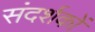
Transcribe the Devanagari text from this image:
संदर्शकों